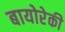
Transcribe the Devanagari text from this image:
बायोरेकी